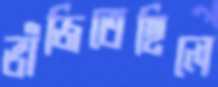
ভাঁজিতেছিলে